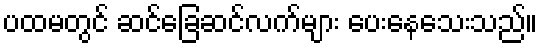
ပထမတွင် ဆင်ခြေဆင်လက်များ ပေးနေသေးသည်။